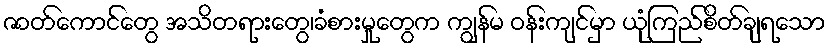
ဇာတ်ကောင်တွေ အသိတရားတွေ၊ခံစားမှုတွေက ကျွန်မ ဝန်းကျင်မှာ ယုံကြည်စိတ်ချရသော